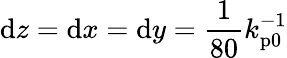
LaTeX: \mathrm{d}z=\mathrm{d}x=\mathrm{d}y=\frac{1}{80}k_{\mathrm{p0}}^{-1}